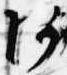
阿